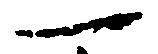
一